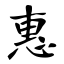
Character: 惠